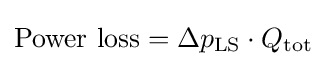
{\text{Power loss}}=\Delta p_{\text{LS}}\cdot Q_{\text{tot}}